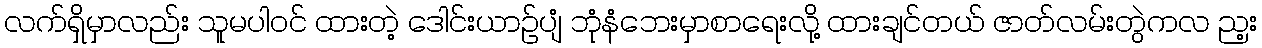
လက်ရှိမှာလည်း သူမပါဝင် ထားတဲ့ ဒေါင်းယာဉ်ပျံ ဘုံနံဘေးမှာစာရေးလို့ ထားချင်တယ် ဇာတ်လမ်းတွဲကလ ည့း